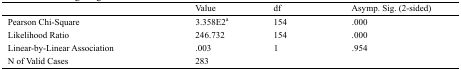
<table><thead><tr><td></td><td><b>Value</b></td><td><b>df</b></td><td><b>Asymp. Sig. (2-sided)</b></td></tr></thead><tbody><tr><td>Pearson Chi-Square</td><td>3.358E2<sup>a</sup></td><td>154</td><td>.000</td></tr><tr><td>Likelihood Ratio</td><td>246.732</td><td>154</td><td>.000</td></tr><tr><td>Linear-by-Linear Association</td><td>.003</td><td>1</td><td>.954</td></tr><tr><td>N of Valid Cases</td><td>283</td><td></td><td></td></tr></tbody></table>